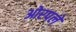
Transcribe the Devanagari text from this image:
ओरपले